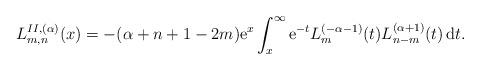
LaTeX: \begin{align*}L_{m,n}^{II,(\alpha)}(x)=-(\alpha+n+1-2m){\rm e}^x\int_{x}^{\infty}{\rm e}^{-t}L_m^{(-\alpha-1)}(t)L_{n-m}^{(\alpha+1)}(t)\,{\rm d}t.\end{align*}